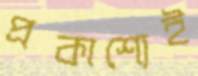
প্রকাশ্যেই